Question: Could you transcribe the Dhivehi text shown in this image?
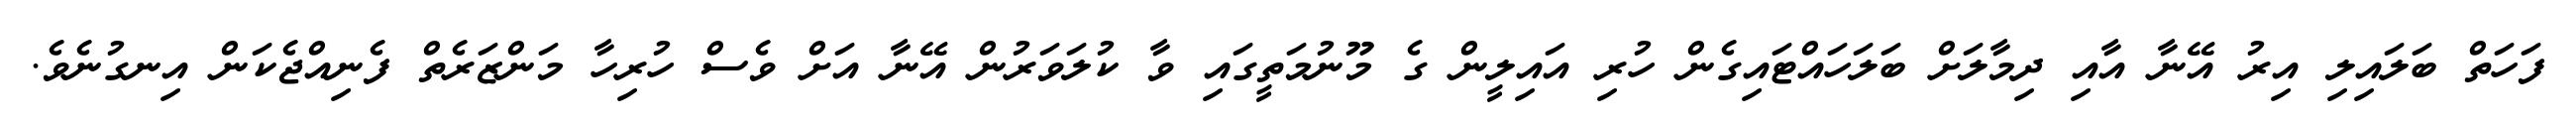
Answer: ފަހަތް ބަލައިލި އިރު އޭނާ އާއި ދިމާލަށް ބަލަހައްޓައިގެން ހުރި އައިލީން ގެ މޫނުމަތީގައި ވާ ކުލަވަރުން އޭނާ އަށް ވެސް ހުރިހާ މަންޒަރެތް ފެނިއްޖެކަން އިނގުނެވެ.